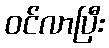
ဝင်လာပြီး